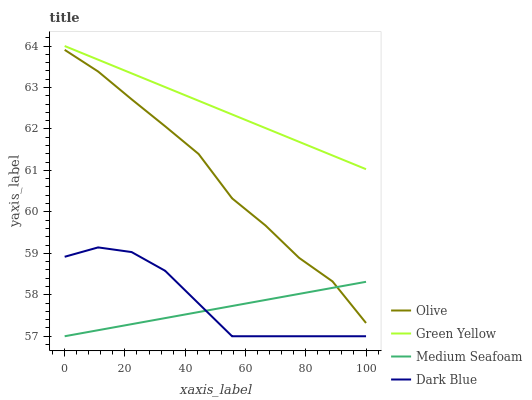
| xaxis_label | Olive | Green Yellow | Medium Seafoam | Dark Blue |
 | --- | --- | --- | --- | --- |
 | 0 | 63.9 | 64 | 57 | 58.9 |
 | 11.1 | 63.4 | 63.7 | 57.1 | 59.1 |
 | 22.2 | 62.7 | 63.3 | 57.3 | 59 |
 | 33.3 | 62.1 | 63 | 57.4 | 58.6 |
 | 44.4 | 61.4 | 62.7 | 57.6 | 57.8 |
 | 55.6 | 60.3 | 62.3 | 57.7 | 57 |
 | 66.7 | 59.7 | 62 | 57.9 | 57 |
 | 77.8 | 58.9 | 61.7 | 58 | 57 |
 | 88.9 | 58.3 | 61.4 | 58.2 | 57 |
 | 100 | 57.3 | 61 | 58.3 | 57 |